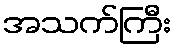
အသက်ကြီး